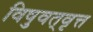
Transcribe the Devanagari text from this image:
विषुवत्‌वृत्त